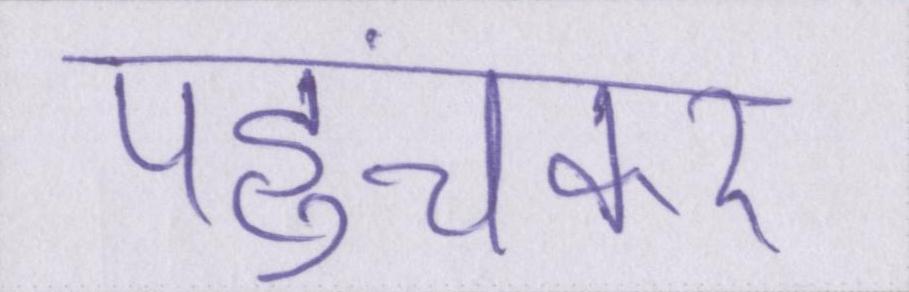
पहुंचकर